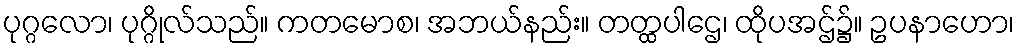
ပုဂ္ဂလော၊ ပုဂ္ဂိုလ်သည်။ ကတမောစ၊ အဘယ်နည်း။ တတ္ထပါဌေ၊ ထိုပအဌ်၌။ ဥပနာဟော၊